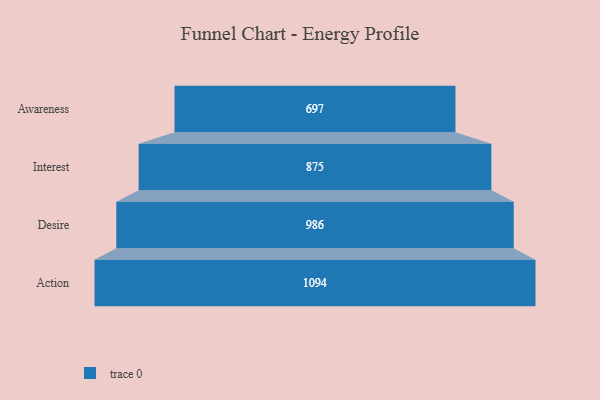
{"axis": {"x": "Stage", "y": "Value"}, "legend": [""], "data": [{"x": "Awareness", "y": 697.0, "type": ""}, {"x": "Interest", "y": 875.0, "type": ""}, {"x": "Desire", "y": 986.0, "type": ""}, {"x": "Action", "y": 1094.0, "type": ""}]}